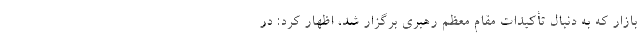
بازار که به دنبال تأکیدات مقام معظم رهبری برگزار شد، اظهار کرد: در